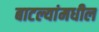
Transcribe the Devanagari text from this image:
बाटल्यांमधील